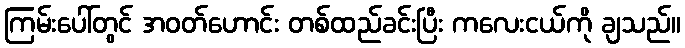
ကြမ်းပေါ်တွင် အဝတ်ဟောင်း တစ်ထည်ခင်းပြီး ကလေးငယ်ကို ချသည်။